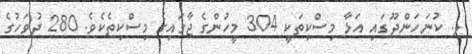
ލ. ކުނަހަންދޫގައި އަޅާ މިސްކިތަކީ 304 މީހުންގެ ޖާގައިގެ މިސްކިތެކެވެ. 280 ދުވަަހުގެ